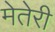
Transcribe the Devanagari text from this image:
मेतेरी